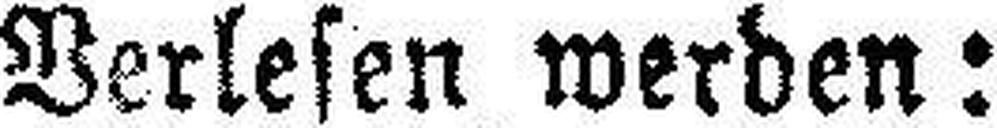
Verlesen werden: